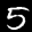
Label: 5